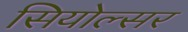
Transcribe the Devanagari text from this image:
सियोल्सर